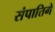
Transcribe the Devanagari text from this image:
संपात्तिगे